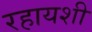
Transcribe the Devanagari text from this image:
रहायशी